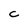
Character: C